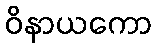
ဝိနာယကော